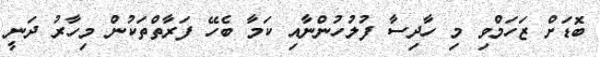
ބޮޑަށް ޒަހަމްވި މި ހާދިސާ ފުލުހުންނާއި ކަމާ ބެހޭ ފަރާތްތަކުން މިހާރު ދަނީ